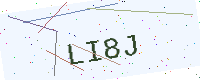
Text: LI8J